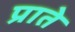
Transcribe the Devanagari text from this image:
प्राते